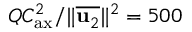
Q C _ { \mathrm { a x } } ^ { 2 } / \Vert \overline { { \mathbf { u } _ { 2 } } } \Vert ^ { 2 } = 5 0 0